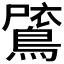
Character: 𪂗